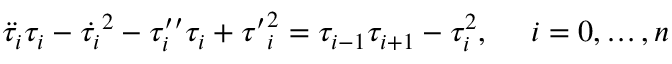
\ddot { \tau _ { i } } \tau _ { i } - \dot { \tau _ { i } } ^ { 2 } - \tau _ { i } ^ { \prime \prime } \tau _ { i } + { \tau ^ { \prime } } _ { i } ^ { 2 } = \tau _ { i - 1 } \tau _ { i + 1 } - \tau _ { i } ^ { 2 } , ~ ~ ~ ~ i = 0 , \dots , n